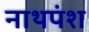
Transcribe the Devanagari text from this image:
नाथपंश